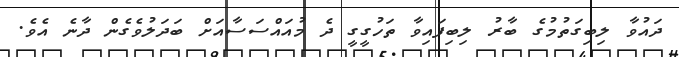
ދައުވާ ލިބިގަތުމުގެ ބާރު ލިބިފައިވާ ތަހުގީގީ ދެ މުއައްސަސާއަށް ބަދަލުވެގެން ދާނެ އެވެ.